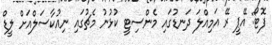
ފޮޓޯ: އޭޕީ ރޭ އަމިއްލަ ދަނޑުގައި މެންސިޓީ ކުޅުނު މެޗުގައި ނިއުކާސަލްއަށް ލީޑް